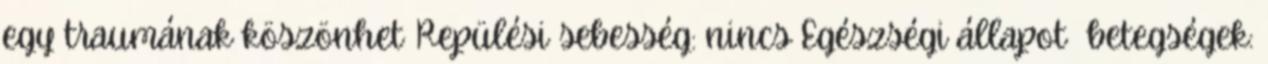
egy traumának köszönhet Repülési sebesség: nincs Egészségi állapot betegségek: